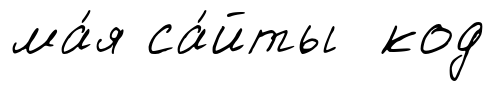
ма́я са́йты код